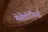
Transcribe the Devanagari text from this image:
मेसेडोनियाँ